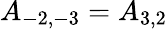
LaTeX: A_{-2,-3}=A_{3,2}